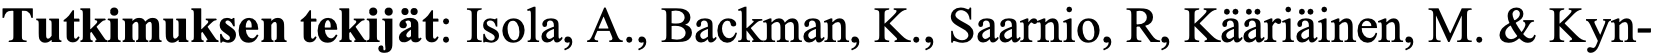
Tutkimuksen tekijät: Isola, A., Backman, K., Saarnio, R, Kääriäinen, M. & Kyn-